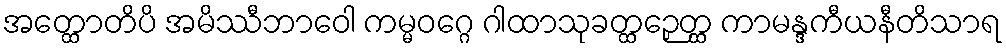
အတ္ထောတိပိ အမိဿီဘာဝေါ ကမ္မဝဂ္ဂေ ဂါထာသုခတ္ထဉှေတ္ထ ကာမန္ဒကီယနီတိသာရ